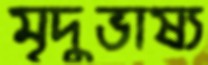
মৃদুভাষ্য